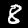
Label: 8